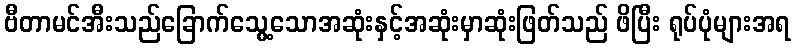
ဗီတာမင်အီးသည်ခြောက်သွေ့သောအဆုံးနှင့်အဆုံးမှာဆုံးဖြတ်သည် ဖိပြီး ရုပ်ပုံများအရ